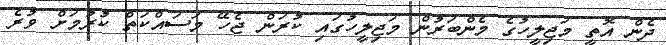
ދެން އޮތީ މަޖިލީހުގެ މެންބަރުން މަޖިލީހުގައި ކުރަން ޖެހޭ މަސައްކަތް ކުރުމަށް ވުރެ